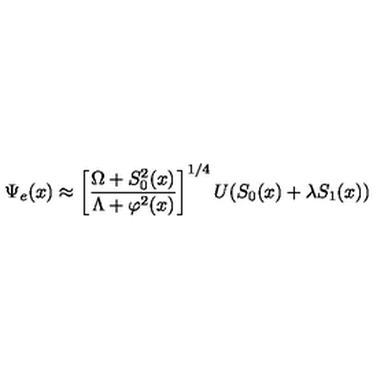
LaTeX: \Psi _ { e } ( x ) \approx \left[ \frac { \Omega + S _ { 0 } ^ { 2 } ( x ) } { \Lambda + \varphi ^ { 2 } ( x ) } \right] ^ { 1 / 4 } U ( S _ { 0 } ( x ) + \lambda S _ { 1 } ( x ) )